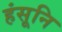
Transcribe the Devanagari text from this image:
हंसूनि